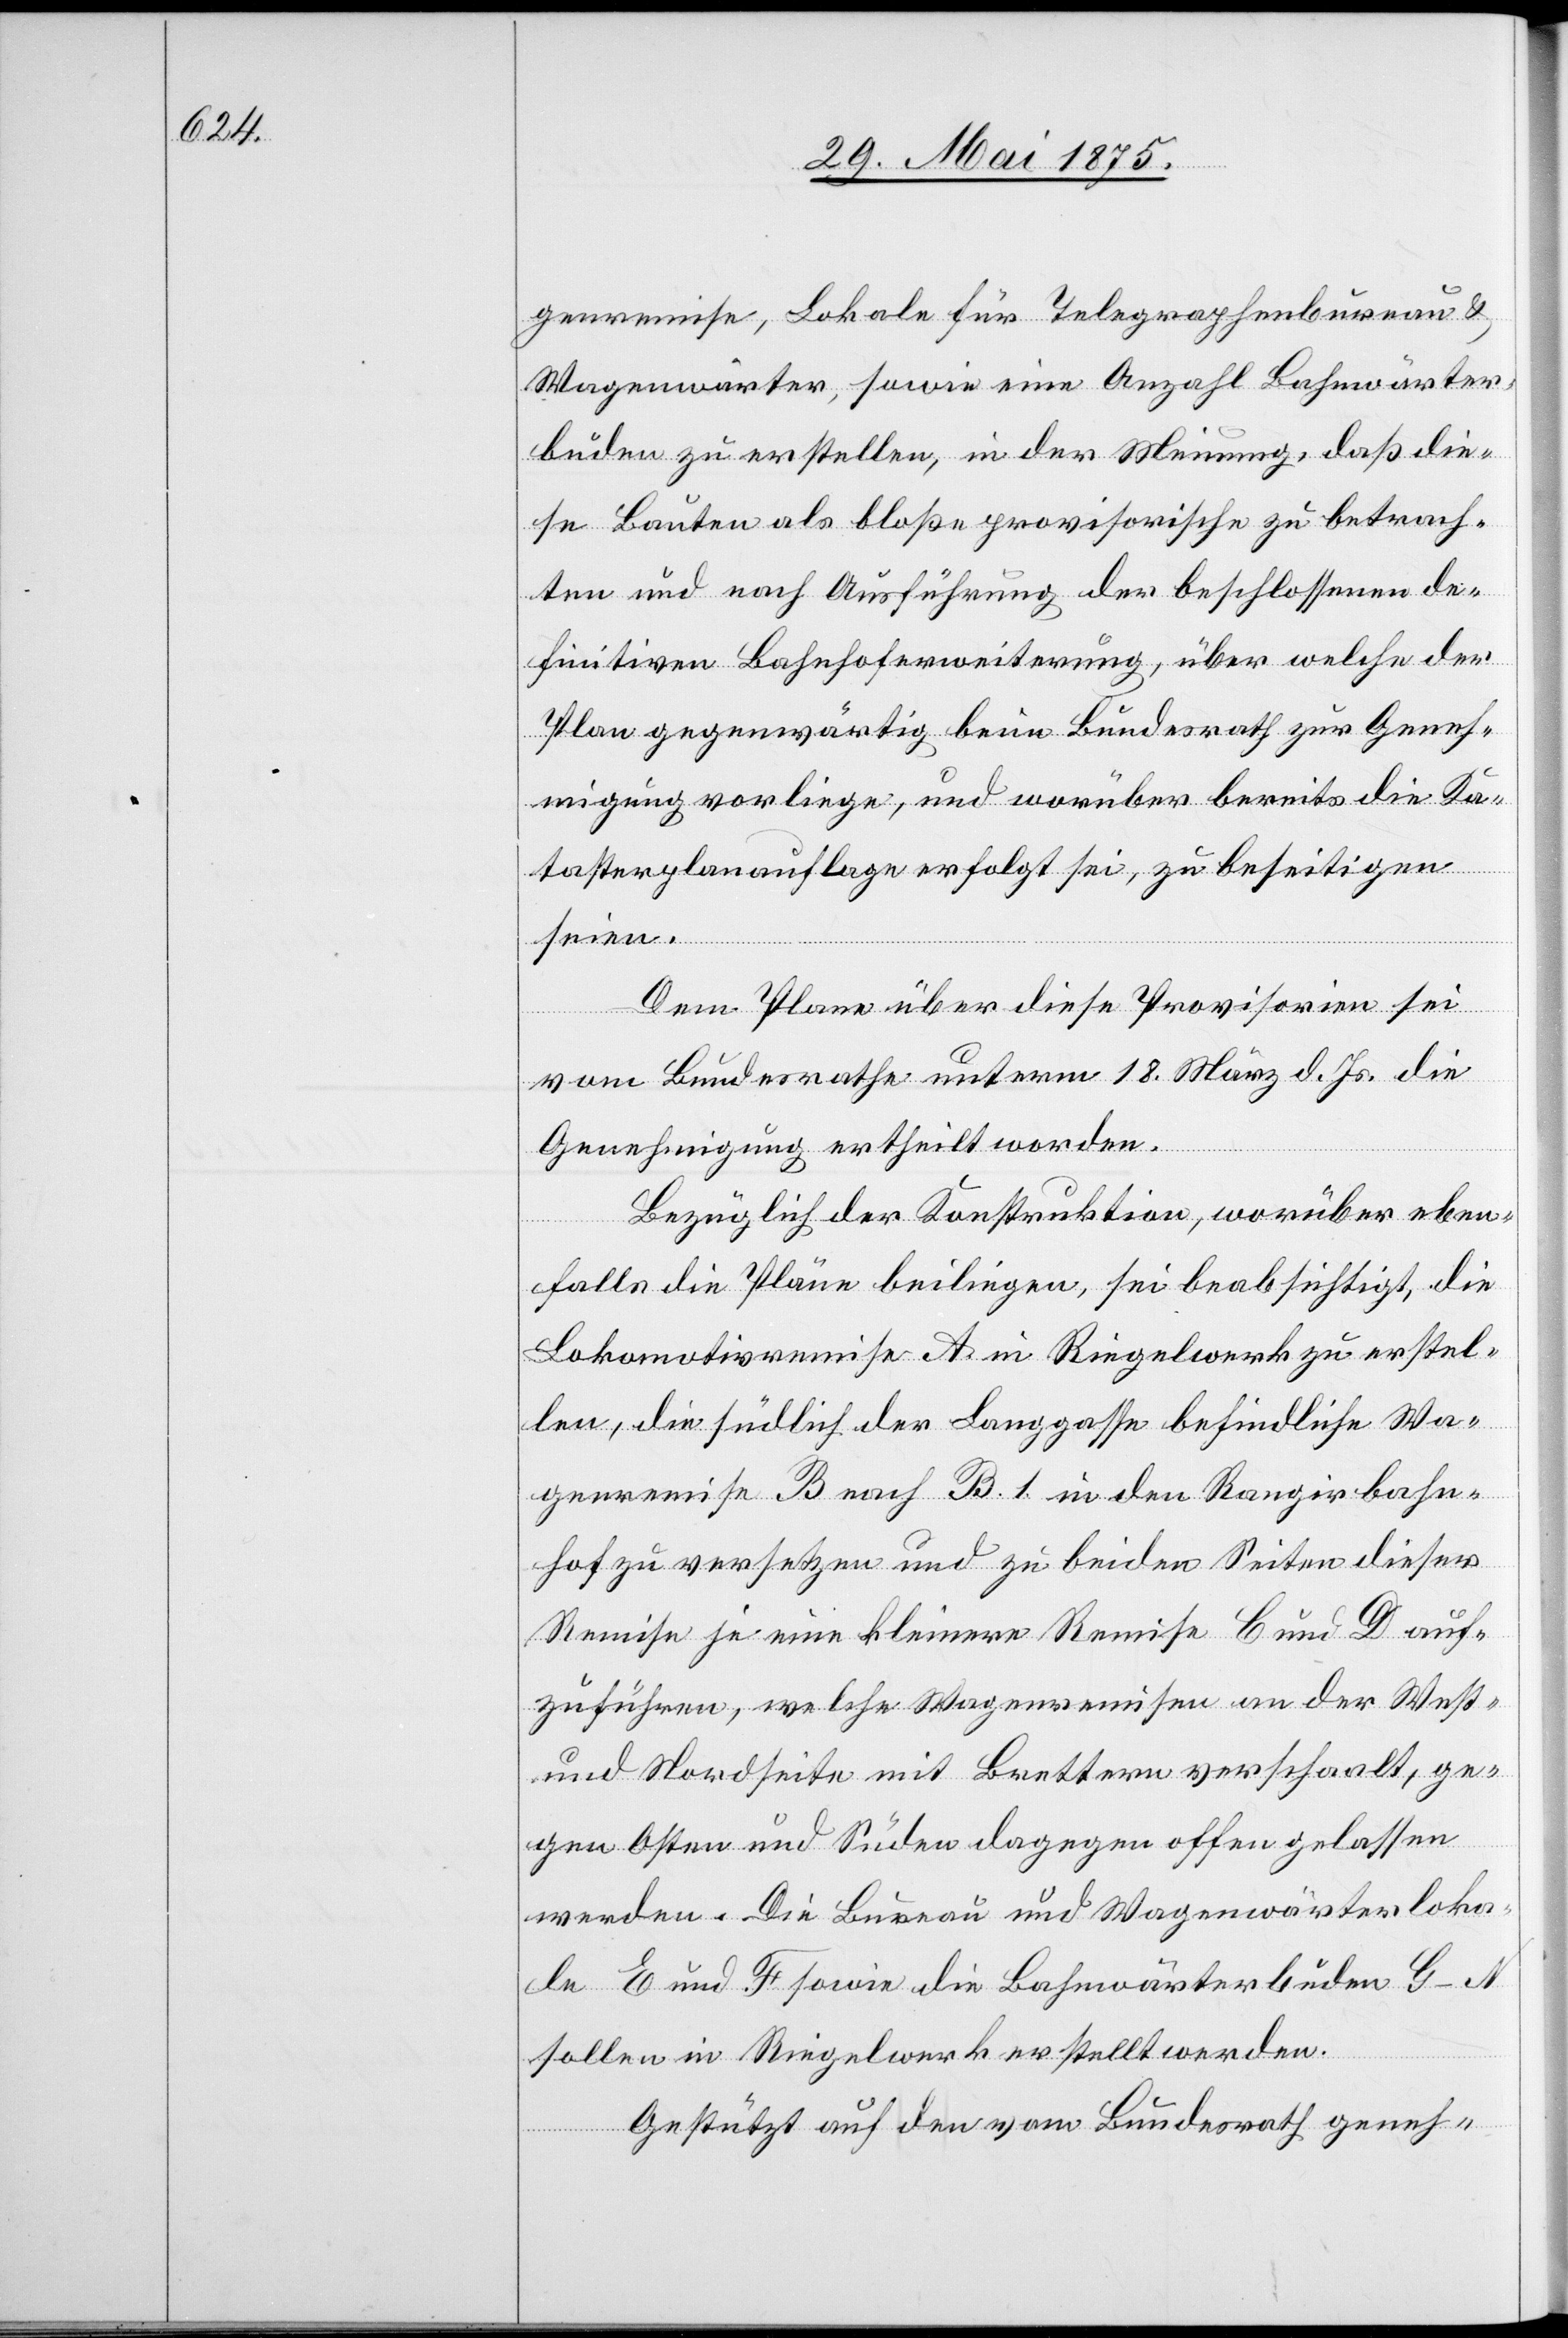
genremise, Lokale für Telegraphenbureau &
Wagenwärter, sowie eine Anzahl Bahnwärter¬
buden zu erstellen, in der Meinung, daß die¬
se Bauten als bloße provisorische zu betrach¬
ten und nach Ausführung der beschlossenen de¬
finitiven Bahnhoferweiterung, über welche der
Plan gegenwärtig beim Bundesrath zur Geneh¬
migung vorliege, und worüber bereits die Ka¬
tasterplanauflage erfolgt sei, zu beseitigen
Dem Plane über diese Provisorien sei
vom Bundesrathe unterm 18. März d. Js. die
Genehmigung ertheilt worden.
Bezüglich der Konstruktion, worüber eben¬
falls die Pläne beiliegen, sei beabsichtigt, die
Lokomotivremise A in Riegelwerk zu erstel¬
len, die südlich der Langgasse befindliche Wa¬
genremise B nach B.1 in den Rangirbahn¬
hof zu versetzen und zu beiden Seiten dieses
Remise je eine kleinere Remise C und D auf¬
zuführen, welche Wagenremise an der West-
und Nordseite mit Brettern verschaalt, ge¬
gen Osten und Süden dagegen offen gelassen
werden. Die Bureau und Wagenwärterloka¬
le E und F sowie die Bahnwärterbuden G–N
sollen in Riegelwerk erstellt werden.
Gestützt auf den vom Bundesrath geneh-